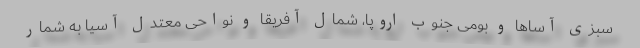
سبزی آساها و بومی جنوب اروپا، شمال آفریقا و نواحی معتدل آسیا به ‌شمار